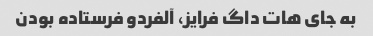
به جای هات داگ فرایز، آلفردو فرستاده بودن